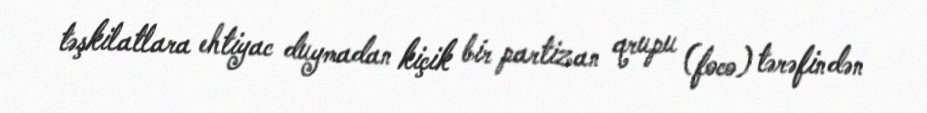
təşkilatlara ehtiyac duymadan kiçik bir partizan qrupu (foco) tərəfindən